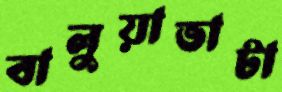
বালুয়াভাটা